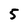
Character: 5